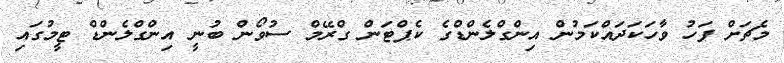
މެޗަށް ފަހު ވާހަކަދައްކަމުން އިންގްލެންޑްގެ ކެޕްޓަން ގްރޭމް ސުވޯން ބުނީ އިންގްލެންޑް ޓީމުގައި